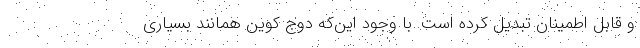
و قابل اطمینان تبدیل کرده است. با وجود این‌که دوج کوین همانند بسیاری